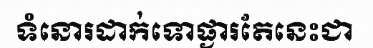
ទំនោរដាក់ទោផ្ងារតែនេះជា